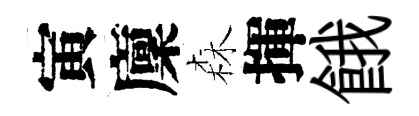
寅廩森揮餓